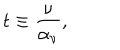
LaTeX: t \equiv { \frac { \nu } { \alpha _ { \nu } } } ,